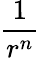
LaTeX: \frac{1}{r^{n}}